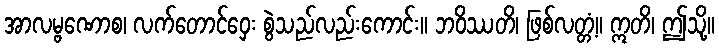
အာလမ္ဗဏောစ၊ လက်တောင်ဝှေး စွဲသည်လည်းကောင်း။ ဘဝိဿတိ၊ ဖြစ်လတ္တံ့။ ဣတိ၊ ဤသို့။